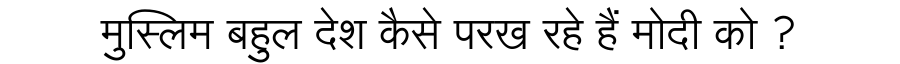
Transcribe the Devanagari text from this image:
मुस्लिम बहुल देश कैसे परख रहे हैं मोदी को ?